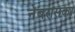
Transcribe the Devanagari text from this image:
नेबरासका